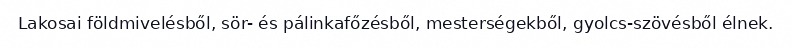
Lakosai földmivelésből, sör- és pálinkafőzésből, mesterségekből, gyolcs-szövésből élnek.